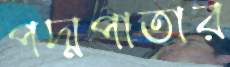
পদ্মপাতার